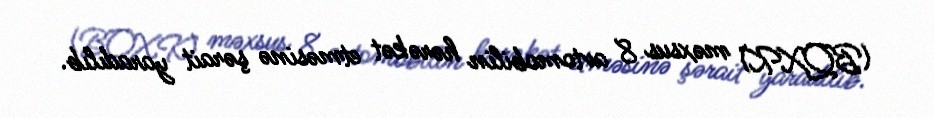
(BQXK) məxsus 8 avtomobilin hərəkət etməsinə şərait yaradılıb.